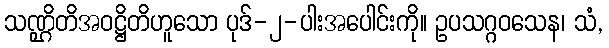
သဏ္ဌိတိအဝဋ္ဌိတိဟူသော ပုဒ်-၂-ပါးအပေါင်းကို။ ဥပသဂ္ဂဝသေန၊ သံ,